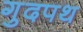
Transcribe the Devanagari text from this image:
गुदपथ